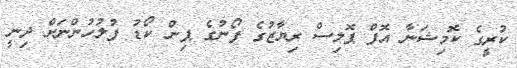
ކުރީގެ ކޮމިޝަނާ އޮފް ޕޮލިސް ރިޔާޒުގެ ފޯނުގެ ޕިން ކޯޑު ފުލުހުންނަށް ދިނީ